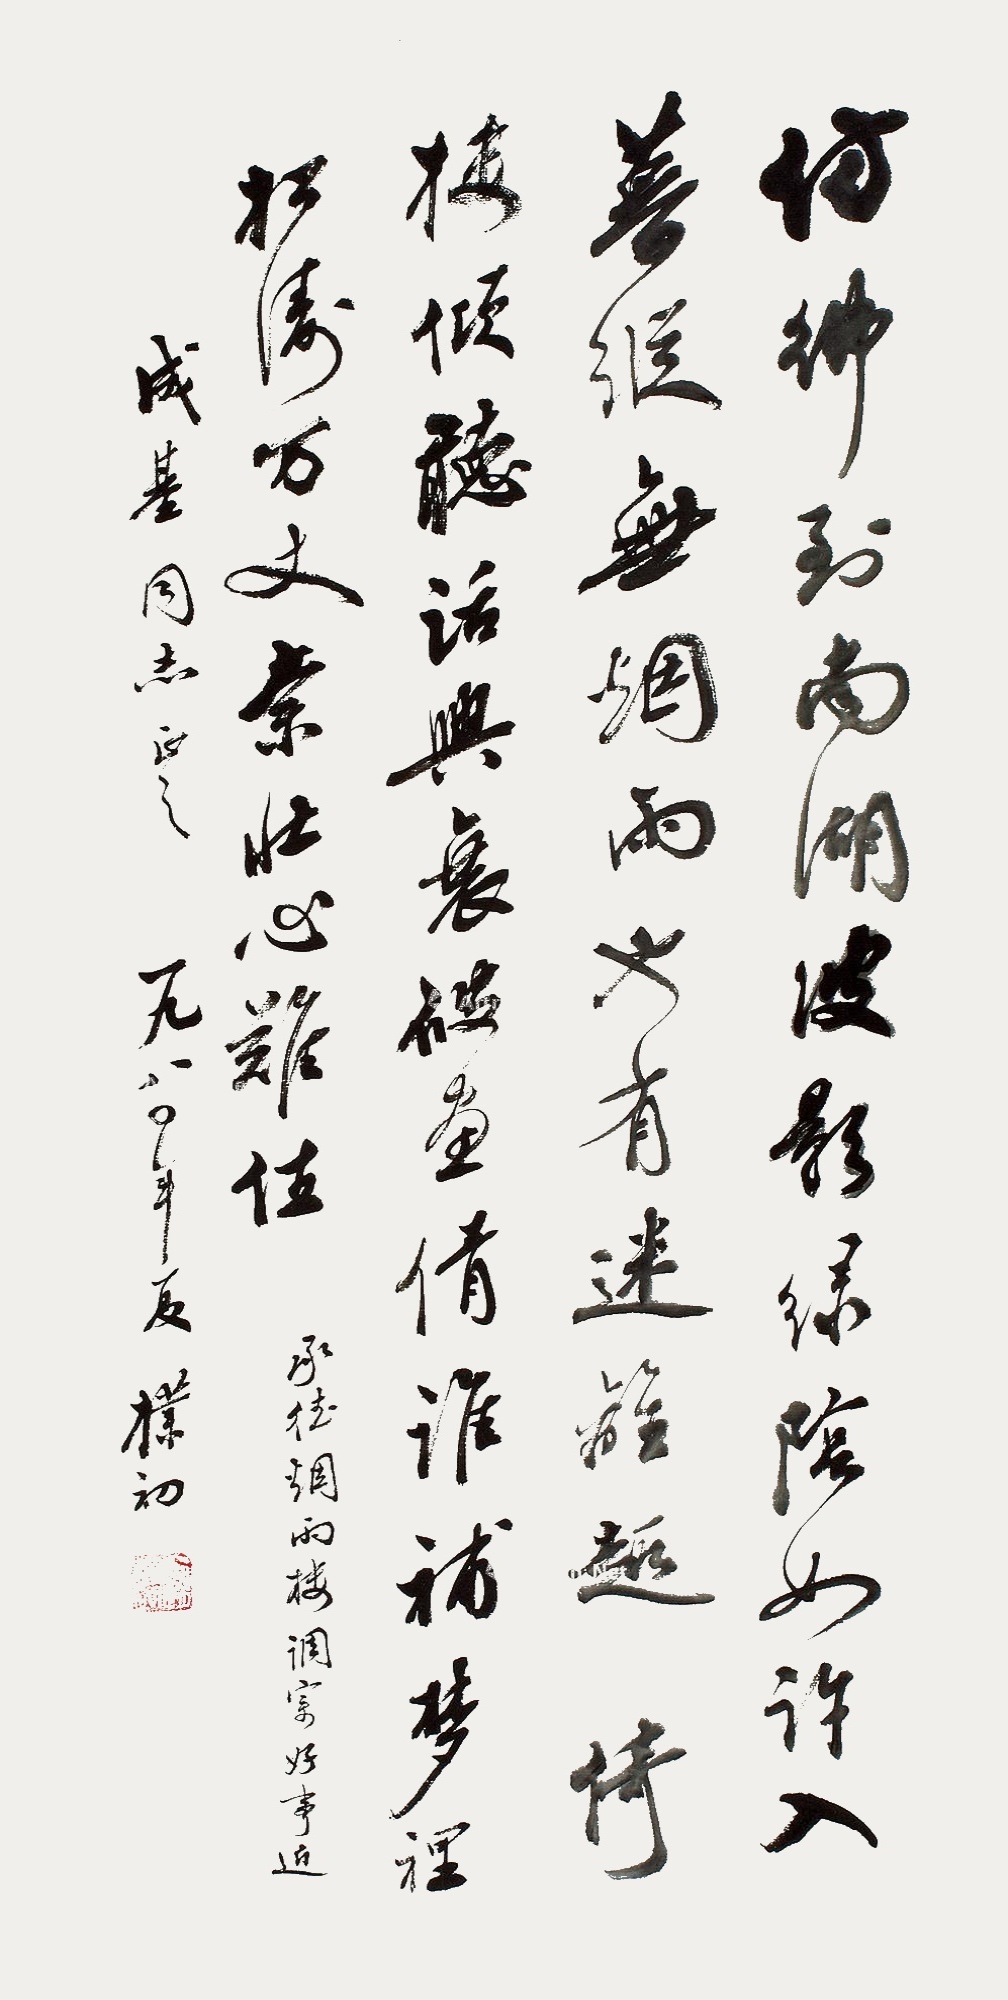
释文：仿佛到南湖，波影绿荫如许。入暮纵无烟雨。也有迷离趣。倚楼倾听话兴衰，破画倩谁补。梦里松涛万丈，奈壮心难住。承德烟雨楼调寄好事近，成基同志正之，一九八〇年夏，朴初。